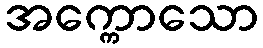
အက္ကောသော